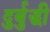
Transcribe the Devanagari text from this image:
दुर्बुद्धी